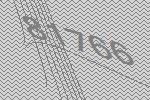
81766